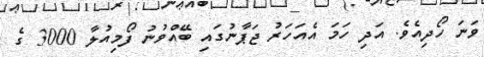
ވަނަ ހޯދިއެވެ. އަދި ހަމަ އެއަހަރު ޖަޕާނުގައި ބޭއްވުނު ފޯމިއުލާ 3000 ގެ